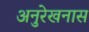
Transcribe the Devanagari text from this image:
अनुरेखनास